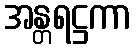
အန္တရဋ္ဌကာ